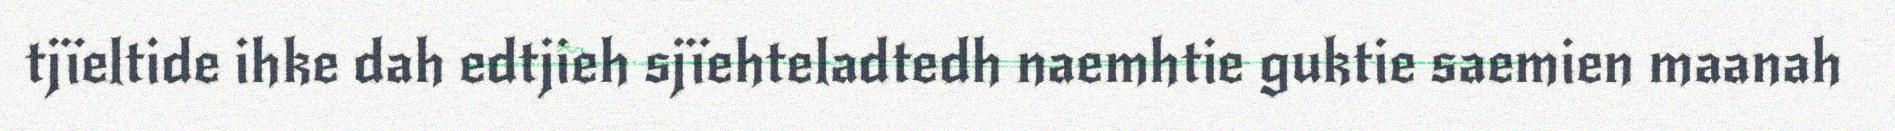
tjïeltide ihke dah edtjieh sjïehteladtedh naemhtie guktie saemien maanah